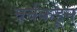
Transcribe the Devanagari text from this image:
चर्चकडून